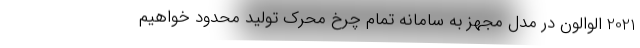
2021 الوالون در مدل مجهز به سامانه تمام چرخ محرک تولید محدود خواهیم